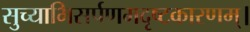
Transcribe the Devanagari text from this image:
सुच्याभिसर्पणमदृष्टकारणम्।